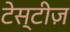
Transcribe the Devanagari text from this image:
टेस्टीज़